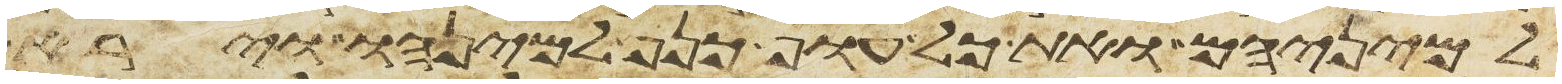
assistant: למיניהם ואת כל עוף כנף למינהו וירא